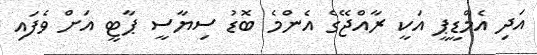
އަދި އެމްޑީޕީ އަކީ ރާއްޖޭގެ އެންމެ ބޮޑު ސިޔާސީ ޕާޓީ އަށް ވެފައި